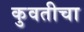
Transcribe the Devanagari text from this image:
कुवतीचा